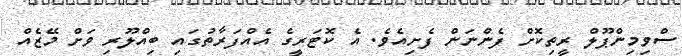
ސްވިމިންޕޫލް ރީތިކޮށް ފެންނަން ފެށިއެވެ. އެ ކޮޓަރީގެ އެއްފަރާތުގައި ބިއްލޫރި ވަށް މޭޒެއް